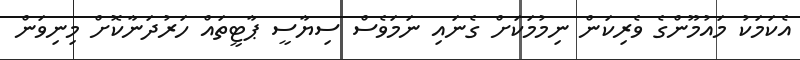
އެކަމަކު މައުމޫންގެ ވެރިކަން ނިމުމަކަށް ގެނައި ނަމަވެސް ސިޔާސީ ޕާޓީތައް ހަރުދަނާކޮށް މިނިވަން